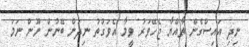
ނިދި އައިސްގެން ތާއްޔާ ޖެހޭވަރު ވީމާ އެވަގުތު ނިދަން ބޭނުން ނޫން ނަމަ